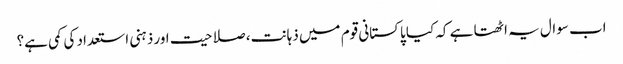
اب سوال یہ اٹھتا ہے کہ کیا پاکستانی قوم میں ذہانت، صلاحیت اور ذہنی استعداد کی کمی ہے؟